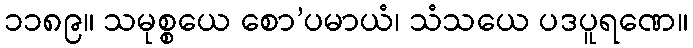
၁၁၈၉။ သမုစ္စယေ စော’ပမာယံ၊ သံသယေ ပဒပူရဏေ။